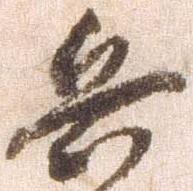
兵